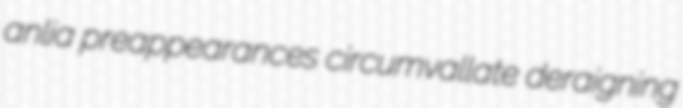
anlia preappearances circumvallate deraigning